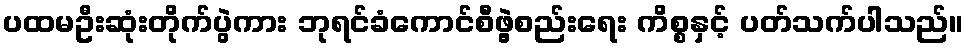
ပထမဦးဆုံးတိုက်ပွဲကား ဘုရင်ခံကောင်စီဖွဲ့စည်းရေး ကိစ္စနှင့် ပတ်သက်ပါသည်။